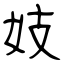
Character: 妓